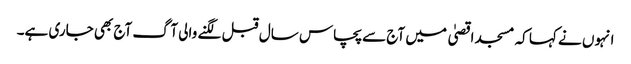
انہوں نے کہا کہ مسجد اقصیٰ میں آج سے پچاس سال قبل لگنے والی آگ آج بھی جاری ہے۔